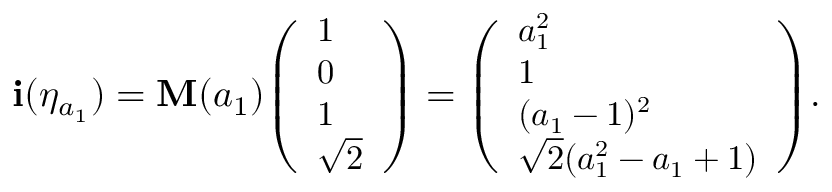
\begin{array} { r } { \mathbf i ( \eta _ { a _ { 1 } } ) = \mathbf { M } ( a _ { 1 } ) { \small \left( \begin{array} { l } { 1 } \\ { 0 } \\ { 1 } \\ { \sqrt { 2 } } \end{array} \right) } = { \small \left( \begin{array} { l } { a _ { 1 } ^ { 2 } } \\ { 1 } \\ { ( a _ { 1 } - 1 ) ^ { 2 } } \\ { \sqrt { 2 } ( a _ { 1 } ^ { 2 } - a _ { 1 } + 1 ) } \end{array} \right) } . } \end{array}